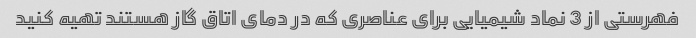
فهرستی از 3 نماد شیمیایی برای عناصری که در دمای اتاق گاز هستند تهیه کنید